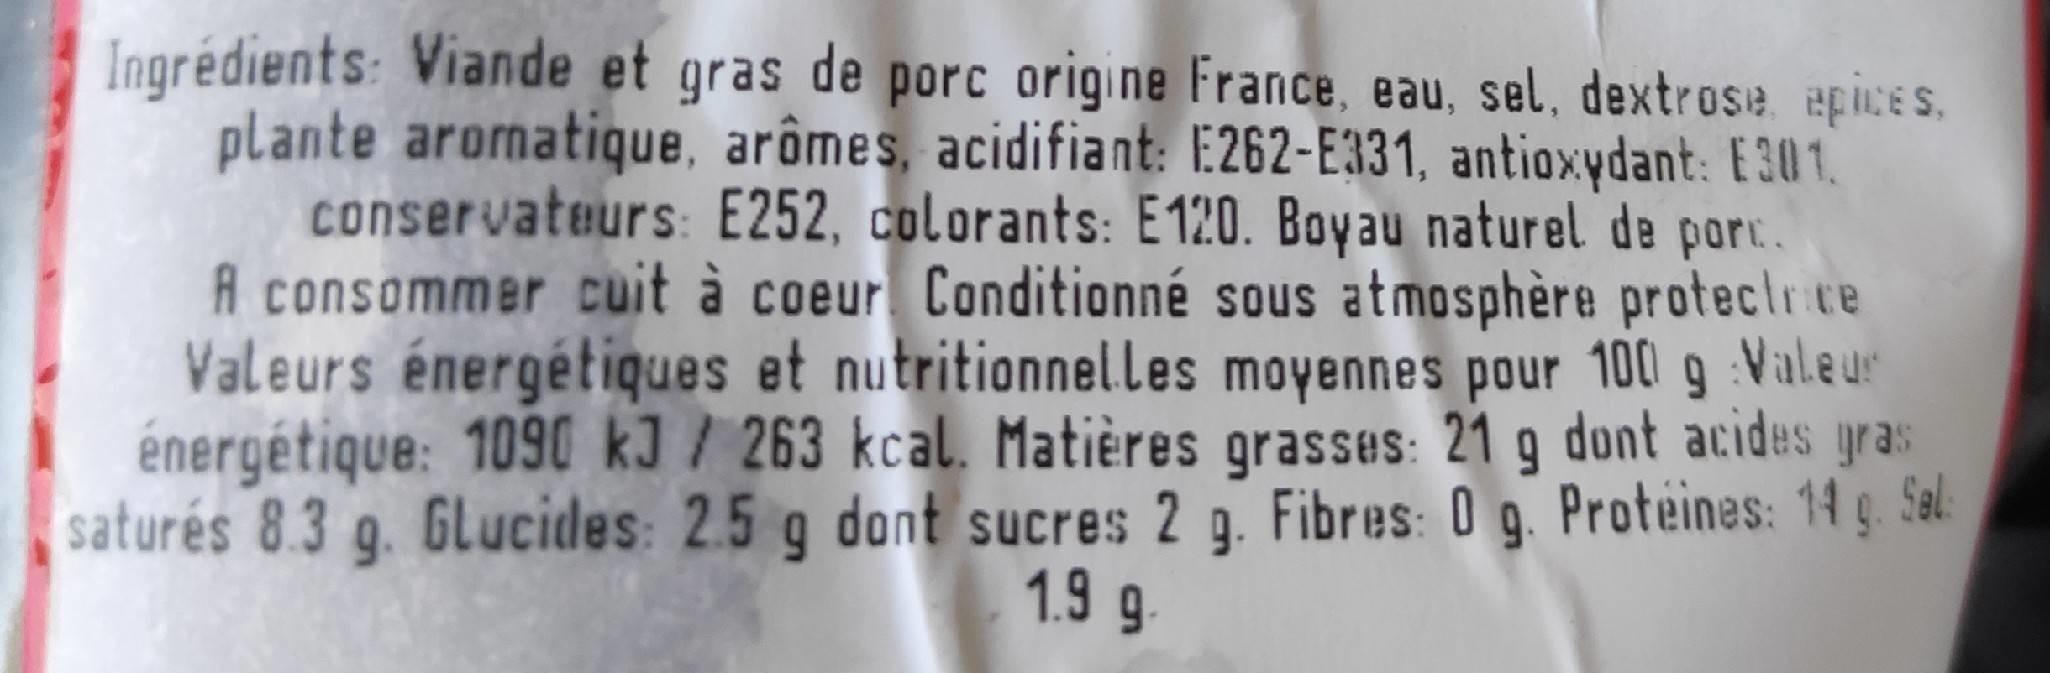
Ingrédients: Viande et gras de porc origine France, eau, sel, dextrose epices. plante aromatique, arômes, acidifiant: E262-E331, antioxydant: E301. conservateurs: E252, colorants: E 120. Boyau naturel de porc. A consommer cuit à coeur Conditionné sous atmosphère proteclr ce Valeurs énergétiques et nutritionnelles moyennes pour 100 g Valeur énergétique: 1090 kJ / 263 kcal. Matières grasses: 21 g dont acides gras saturés 8.3 g. GLucides: 2.5 g dont sucres 2 g. Fibres: 0 g. Proteines: 14 g. Sal.
1.9 9